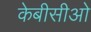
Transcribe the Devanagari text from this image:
केबीसीओ